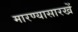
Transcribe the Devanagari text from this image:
मारण्यासारखें